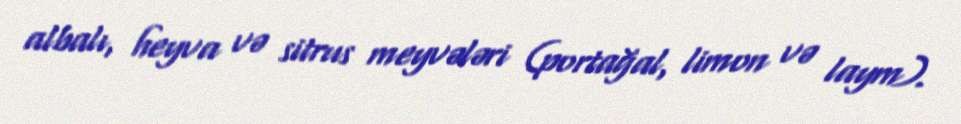
albalı, heyva və sitrus meyvələri (portağal, limon və laym).